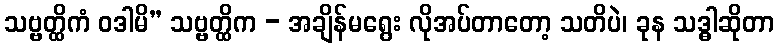
သဗ္ဗတ္ထိကံ ဝဒါမိ” သဗ္ဗတ္ထိက - အချိန်မရွေး လိုအပ်တာတော့ သတိပဲ၊ ခုန သဒ္ဓါဆိုတာ